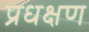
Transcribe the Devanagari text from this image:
प्रधक्षण